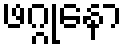
ဖဂ္ဂုနော